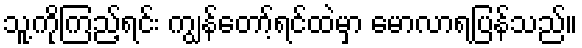
သူ့ကိုကြည့်ရင်း ကျွန်တော့်ရင်ထဲမှာ မောလာရပြန်သည်။